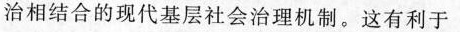
治相结合的现代基层社会治理机制。这有利于